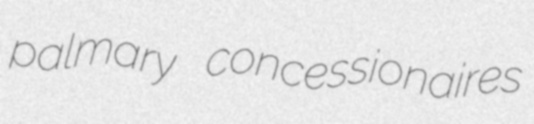
palmary concessionaires